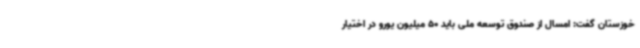
خوزستان گفت: امسال از صندوق توسعه ملی باید 50 میلیون یورو در اختیار